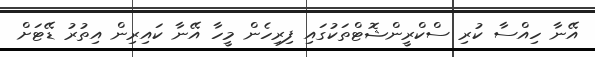
އޭނާ ހިއްސާ ކުރި ސްކްރީންޝޮޓްތަކުގައި ފިރިހެން މީހާ އޭނާ ކައިރިން އިތުރު ޑޭޓަށް